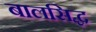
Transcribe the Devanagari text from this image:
बालसिद्ध